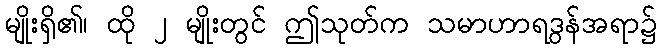
မျိုးရှိ၏၊ ထို ၂ မျိုးတွင် ဤသုတ်က သမာဟာရဒွန်အရာ၌